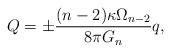
LaTeX: \begin{align*}Q=\pm \frac{(n-2)\kappa \Omega_{n-2}}{8\pi G_n} q,\end{align*}